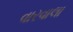
વારવાલા